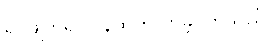
ရုပ်ဖျက်၍ ပြန်ထွက်လာခဲ့ ကြသည်။